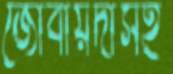
জোবায়দাসহ